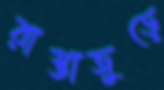
রাস্তাজুড়ে